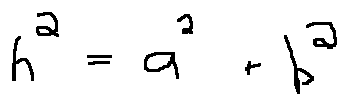
h ^ { 2 } = a ^ { 2 } + b ^ { 2 }